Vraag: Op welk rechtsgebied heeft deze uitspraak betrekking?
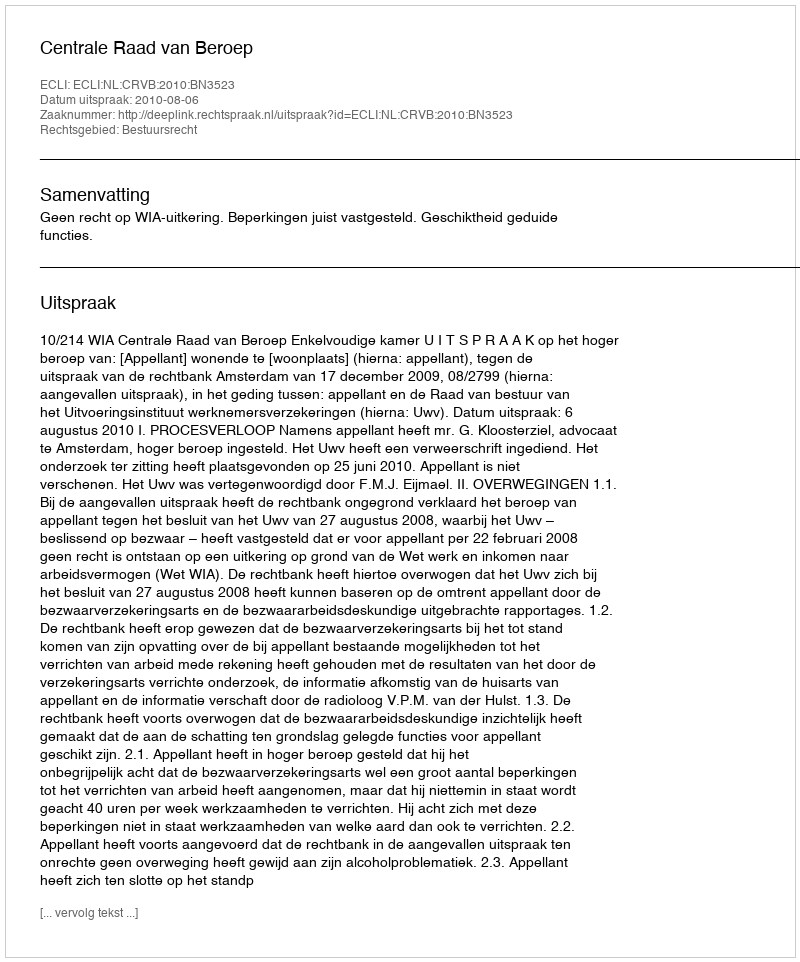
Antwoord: Bestuursrecht